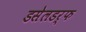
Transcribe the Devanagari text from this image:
डसेलडर्फ